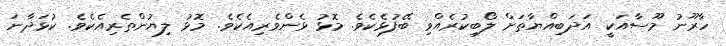
ހާރޫނު މޫސާއަކީ އަދަބިއްޔާތަށް ލޯބިކުރެއްވި ބޭފުޅެކެވެ. މޮޅު ޅެންވެރިއެކެވެ. މޮޅު ލިޔުންތެރިއެކެވެ. ކުޅަދާނަ